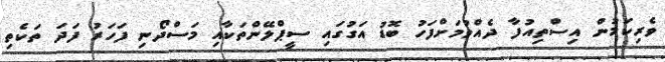
ވެރިކަމުން އިސްތިއުފާ ދެއްވުމަށްފަހު ބޮޑު އަގުގައި ސީޕްލޭންތަކާއި މަސްދޯނި ފަހަރު ފަދަ ތަކެތި